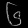
Digit: ၆